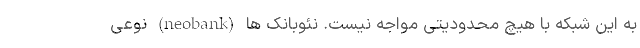
به این شبکه با هیچ محدودیتی مواجه نیست. نئوبانک ها (neobank) نوعی